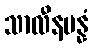
သာလီနမန္နံ